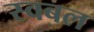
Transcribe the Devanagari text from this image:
स्वबल